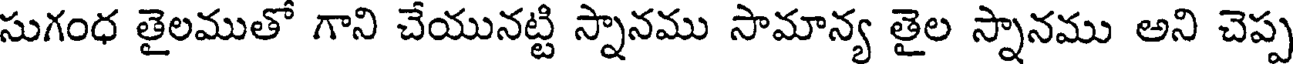
సుగంధ తైలముతో గాని చేయునట్టి స్నానము సామాన్య తైల స్నానము అని చెప్ప